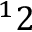
^ 1 2